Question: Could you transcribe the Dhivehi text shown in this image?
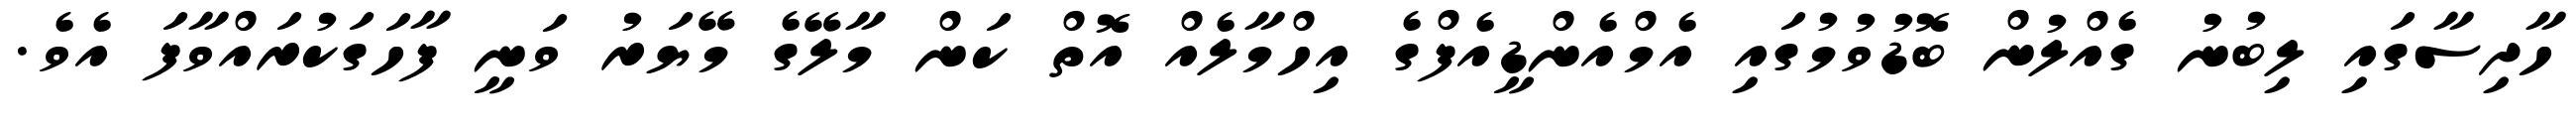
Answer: ހާދިސާގައި ލިބުނު ގެއްލުން ބޮޑުވުމުގައި އެމްއެންޑީއެފްގެ އިހްމާލެއް އޮތް ކަން މާލޭގެ މޭޔަރު ވަނީ ފާހަގަކުރައްވާފަ އެވެ.